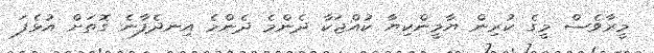
މީރާވެސް މީގެ ކުރިން ޔާމީންކިޔާ ކުއްޖަކާ ދެންމެ ދެންމެ އިނދެފާނެ ގޮތަށް އުޅެފަ